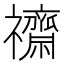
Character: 𮂧